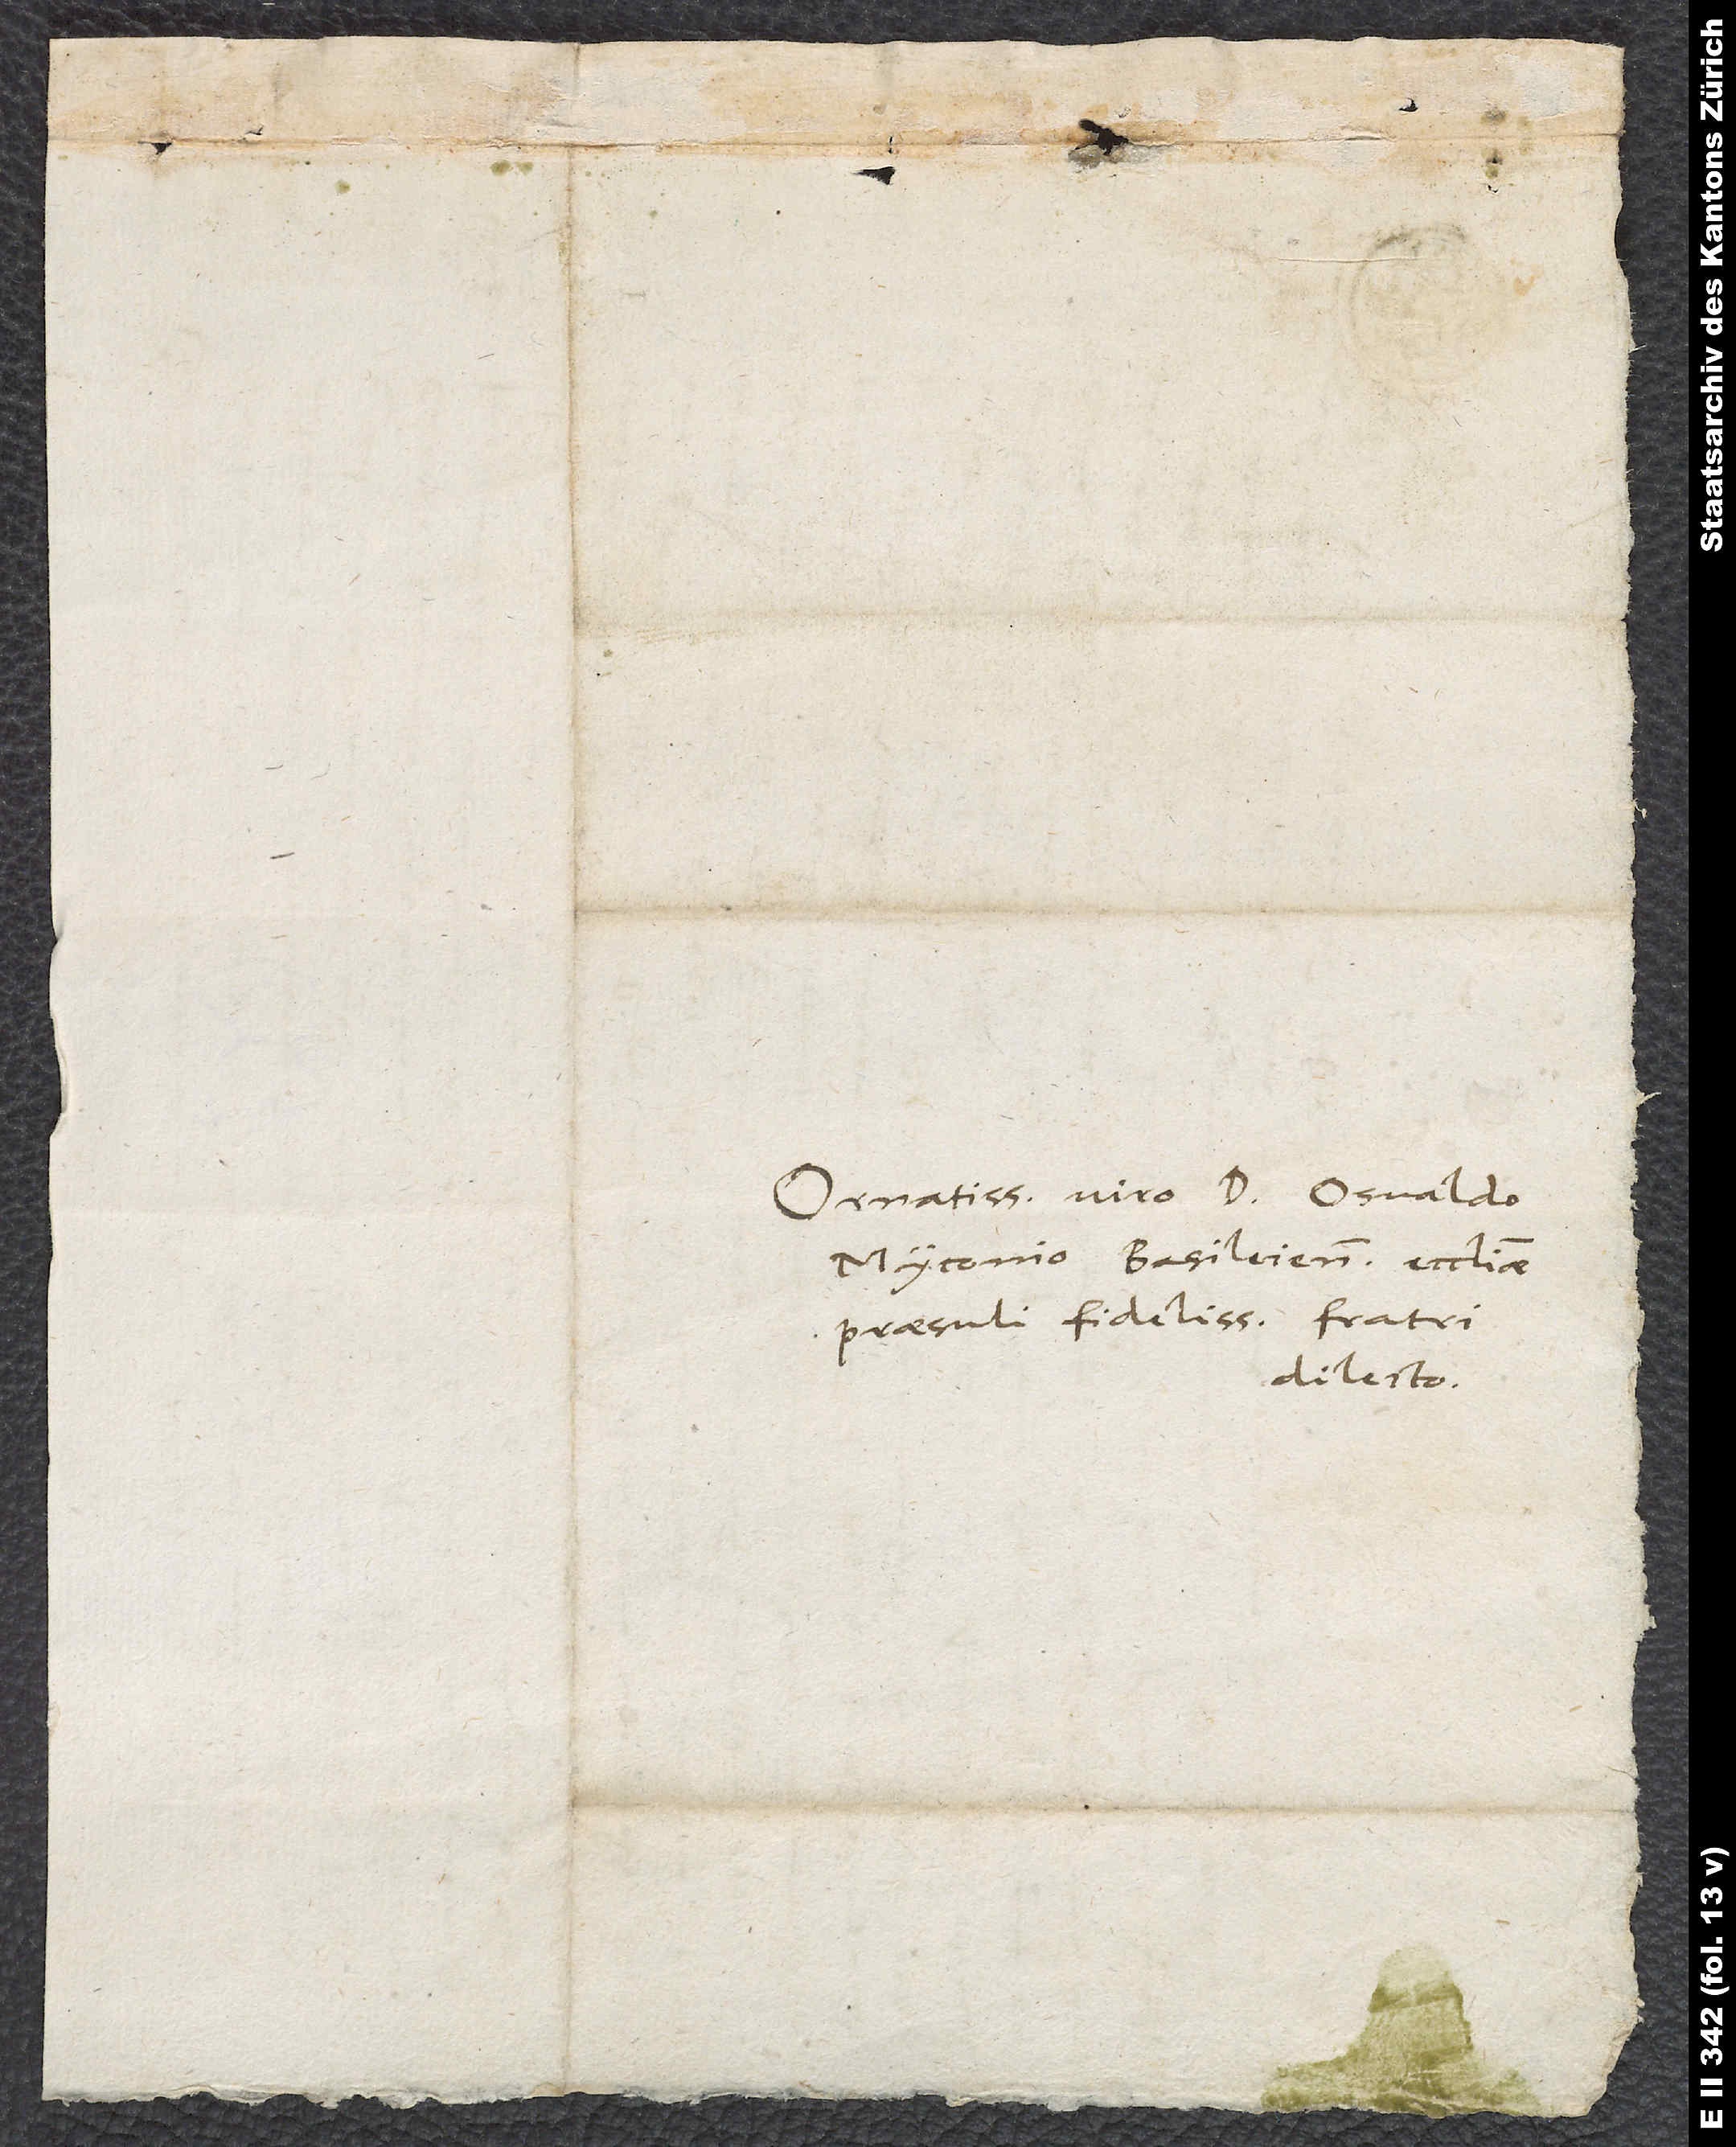
Ornatissimo viro d. Osvaldo
Myconio Basileiensis ecclesiae
praesuli fidelissimo, fratri
dilecto.